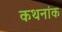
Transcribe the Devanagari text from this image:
कथनांक